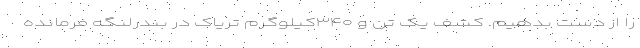
را از دست بدهیم. کشف یک تن و ۳۴۰کیلوگرم تریاک در بندرلنگه فرمانده